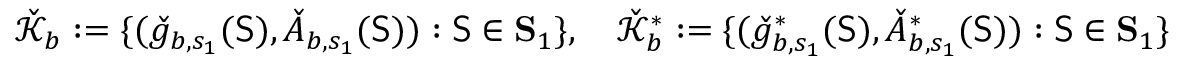
\check { \mathcal { K } } _ { b } : = \{ ( \check { g } _ { b , s _ { 1 } } ( \mathsf { S } ) , \check { A } _ { b , s _ { 1 } } ( \mathsf { S } ) ) : \mathsf { S } \in \mathbf { S } _ { 1 } \} , \quad \check { \mathcal { K } } _ { b } ^ { * } : = \{ ( \check { g } _ { b , s _ { 1 } } ^ { * } ( \mathsf { S } ) , \check { A } _ { b , s _ { 1 } } ^ { * } ( \mathsf { S } ) ) : \mathsf { S } \in \mathbf { S } _ { 1 } \}